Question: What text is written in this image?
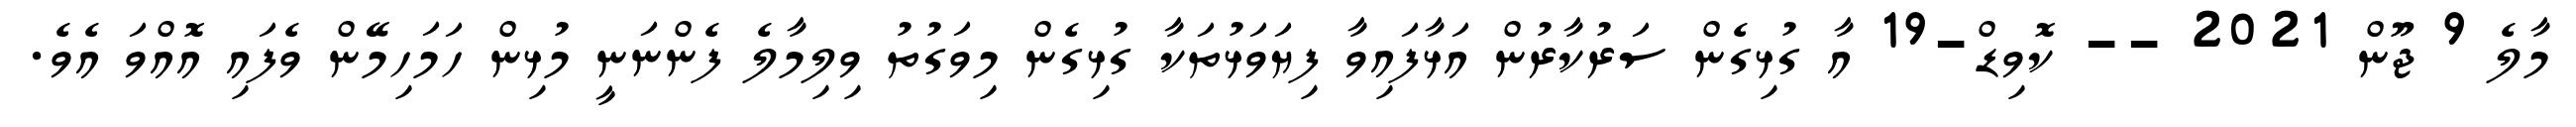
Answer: މާލެ 9 ޖޫން 2021 -- ކޮވިޑް-19 އާ ގުޅިގެން ސަރުކާރުން އަޅާފައިވާ ފިޔަވަޅުތަކާ ގުޅިގެން މިވަގުތު ވިލިމާލެ ފެންނަނީ މުޅިން ހަމަހިމޭން ވެފައި އޮއްވަ އެވެ.